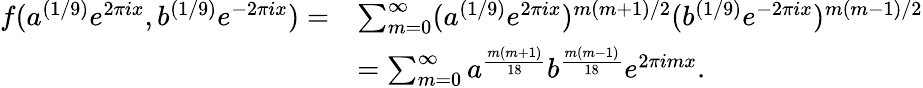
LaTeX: \begin{array}{rl}{f(a^{(1/9)}e^{2\pi ix},b^{(1/9)}e^{-2\pi ix})=}&{\sum_{m=0}^{\infty}(a^{(1/9)}e^{2\pi ix})^{m(m+1)/2}(b^{(1/9)}e^{-2\pi ix})^{m(m-1)/2}}\\ &{=\sum_{m=0}^{\infty}a^{\frac{m(m+1)}{18}}b^{\frac{m(m-1)}{18}}e^{2\pi imx}.}\end{array}